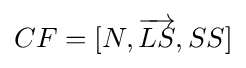
CF=[N,{\overrightarrow {LS}},SS]